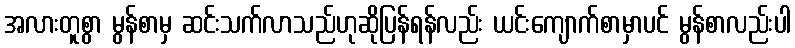
အလားတူစွာ မွန်စာမှ ဆင်းသက်လာသည်ဟုဆိုပြန်ရန်လည်း ယင်းကျောက်စာမှာပင် မွန်စာလည်းပါ